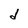
Character: d